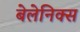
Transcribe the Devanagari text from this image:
बेलेनिक्स